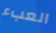
العبء